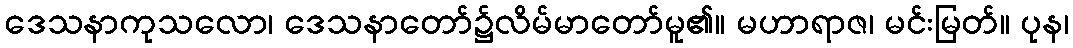
ဒေသနာကုသလော၊ ဒေသနာတော်၌လိမ်မာတော်မူ၏။ မဟာရာဇ၊ မင်းမြတ်။ ပုန၊